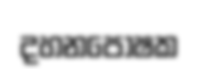
දහනපෝෂක